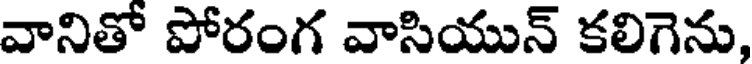
వానితో పోరంగ వాసియున్ కలిగెను,